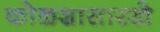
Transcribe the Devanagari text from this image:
कोळशासारखे